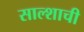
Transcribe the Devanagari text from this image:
साल्शाची